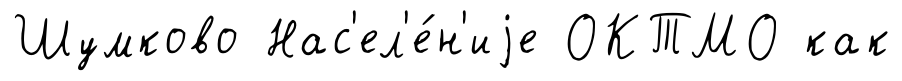
Шумково Нас'ел'е́н'иjе ОКТМО как